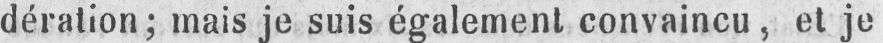
dération; mais je suis également convaincu, et je